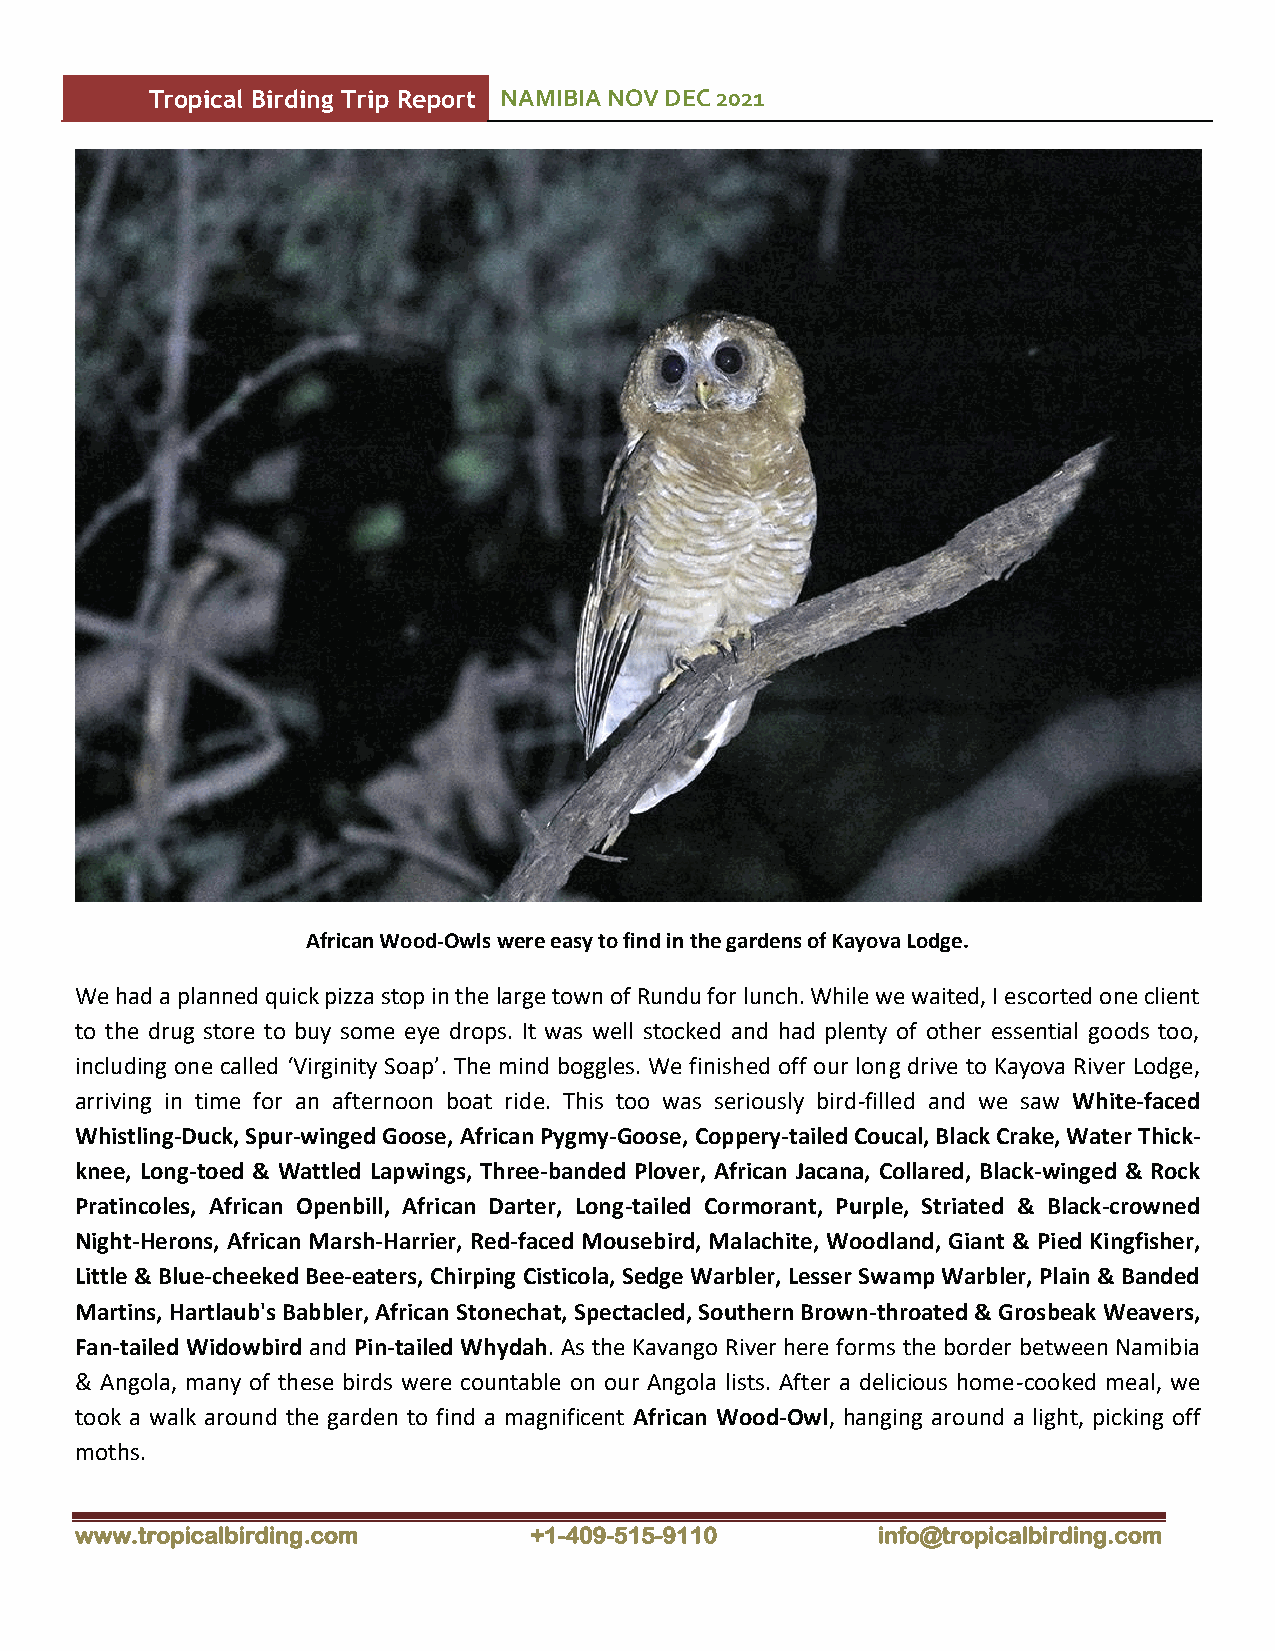
Tropical Birding Trip Report NAMIBIA NOV DEC 2021
 African Wood-Owls were easy to find in the gardens of Kayova Lodge.
 We had a planned quick pizza stop in the large town of Rundu for lunch. While we waited, I escorted one client
 to the drug store to buy some eye drops. It was well stocked and had plenty of other essential goods too,
 including one called ‘Virginity Soap’. The mind boggles. We finished off our long drive to Kayova River Lodge,
 arriving in time for an afternoon boat ride. This too was seriously bird-filled and we saw White-faced
 Whistling-Duck, Spur-winged Goose, African Pygmy-Goose, Coppery-tailed Coucal, Black Crake, Water Thick-
 knee, Long-toed & Wattled Lapwings, Three-banded Plover, African Jacana, Collared, Black-winged & Rock
 Pratincoles, African Openbill, African Darter, Long-tailed Cormorant, Purple, Striated & Black-crowned
 Night-Herons, African Marsh-Harrier, Red-faced Mousebird, Malachite, Woodland, Giant & Pied Kingfisher,
 Little & Blue-cheeked Bee-eaters, Chirping Cisticola, Sedge Warbler, Lesser Swamp Warbler, Plain & Banded
 Martins, Hartlaub's Babbler, African Stonechat, Spectacled, Southern Brown-throated & Grosbeak Weavers,
 Fan-tailed Widowbird and Pin-tailed Whydah. As the Kavango River here forms the border between Namibia
 & Angola, many of these birds were countable on our Angola lists. After a delicious home-cooked meal, we
 took a walk around the garden to find a magnificent African Wood-Owl, hanging around a light, picking off
 moths.
 www.tropicalbirding.com       +1-409-515-9110        info@tropicalbirding.com